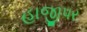
હાજીપર